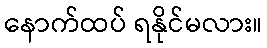
နောက်ထပ် ရနိုင်မလား။